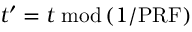
t ^ { \prime } = t \; \mathrm { m o d } \left( 1 / \mathrm { P R F } \right)